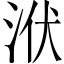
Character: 洑